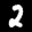
Label: 2